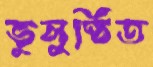
ভুলুণ্ঠিত